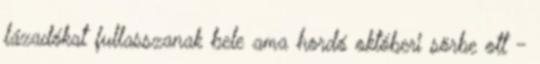
lázadókat fullasszanak bele ama hordó októberi sörbe ott -